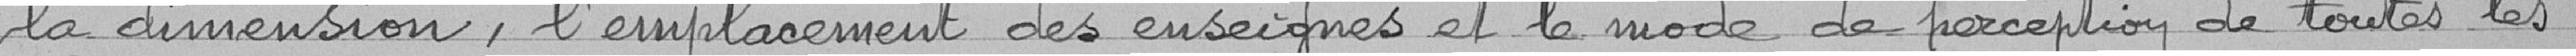
la dimension, l'emplacement des enseignes et la mode de perception de toutes les